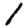
Digit: 1